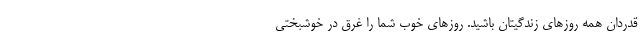
قدردان همه روز‌های زندگیتان باشید. روز‌های خوب شما را غرق در خوشبختی